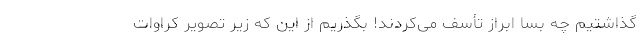
گذاشتیم چه بسا ابراز تأسف می‌کردند! بگذریم از این که زیر تصویر کراوات